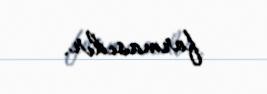
formasıdır.